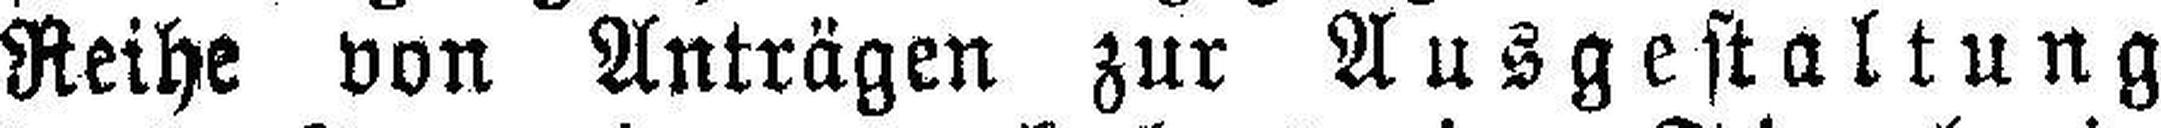
Reihe von Anträgen zur Ausgestaltung